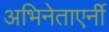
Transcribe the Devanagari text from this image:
अभिनेताएर्नी